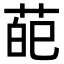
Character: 𦲠